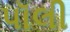
પૉલી